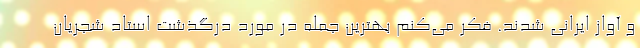
و آواز ایرانی شدند. فکر می‌کنم بهترین جمله در مورد درگذشت استاد شجریان